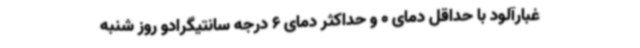
غبارآلود با حداقل دمای 0 و حداکثر دمای 6 درجه سانتیگرادو روز شنبه